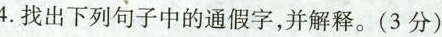
4.找出下列句子中的通假字，并解释。(3分)